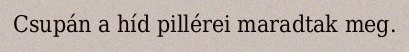
Csupán a híd pillérei maradtak meg.